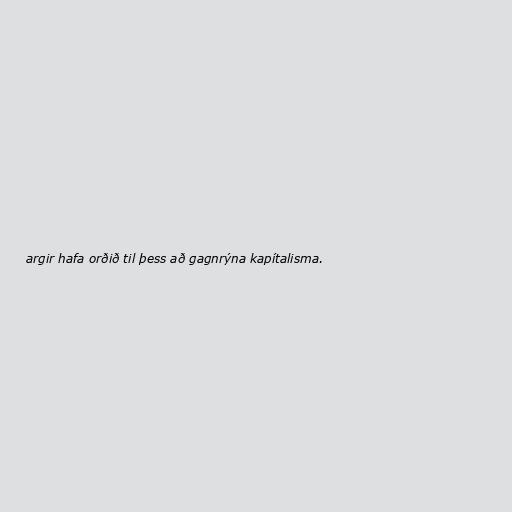
argir hafa orðið til þess að gagnrýna kapítalisma.